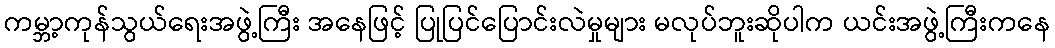
ကမ္ဘာ့ကုန်သွယ်ရေးအဖွဲ့ကြီး အနေဖြင့် ပြုပြင်ပြောင်းလဲမှုများ မလုပ်ဘူးဆိုပါက ယင်းအဖွဲ့ကြီးကနေ